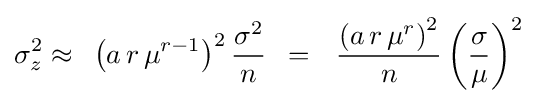
\sigma _{z}^{2}\approx \,\,\,\left({a\,r\,\mu ^{r-1}}\right)^{2}{{\sigma ^{2}} \over n}\,\,\,=\,\,\,\,{{\left({a\,r\,\mu ^{r}}\right)^{2}} \over n}\left({\sigma  \over \mu }\right)^{2}